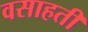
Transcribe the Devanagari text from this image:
वसाहतीं